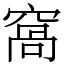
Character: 窩